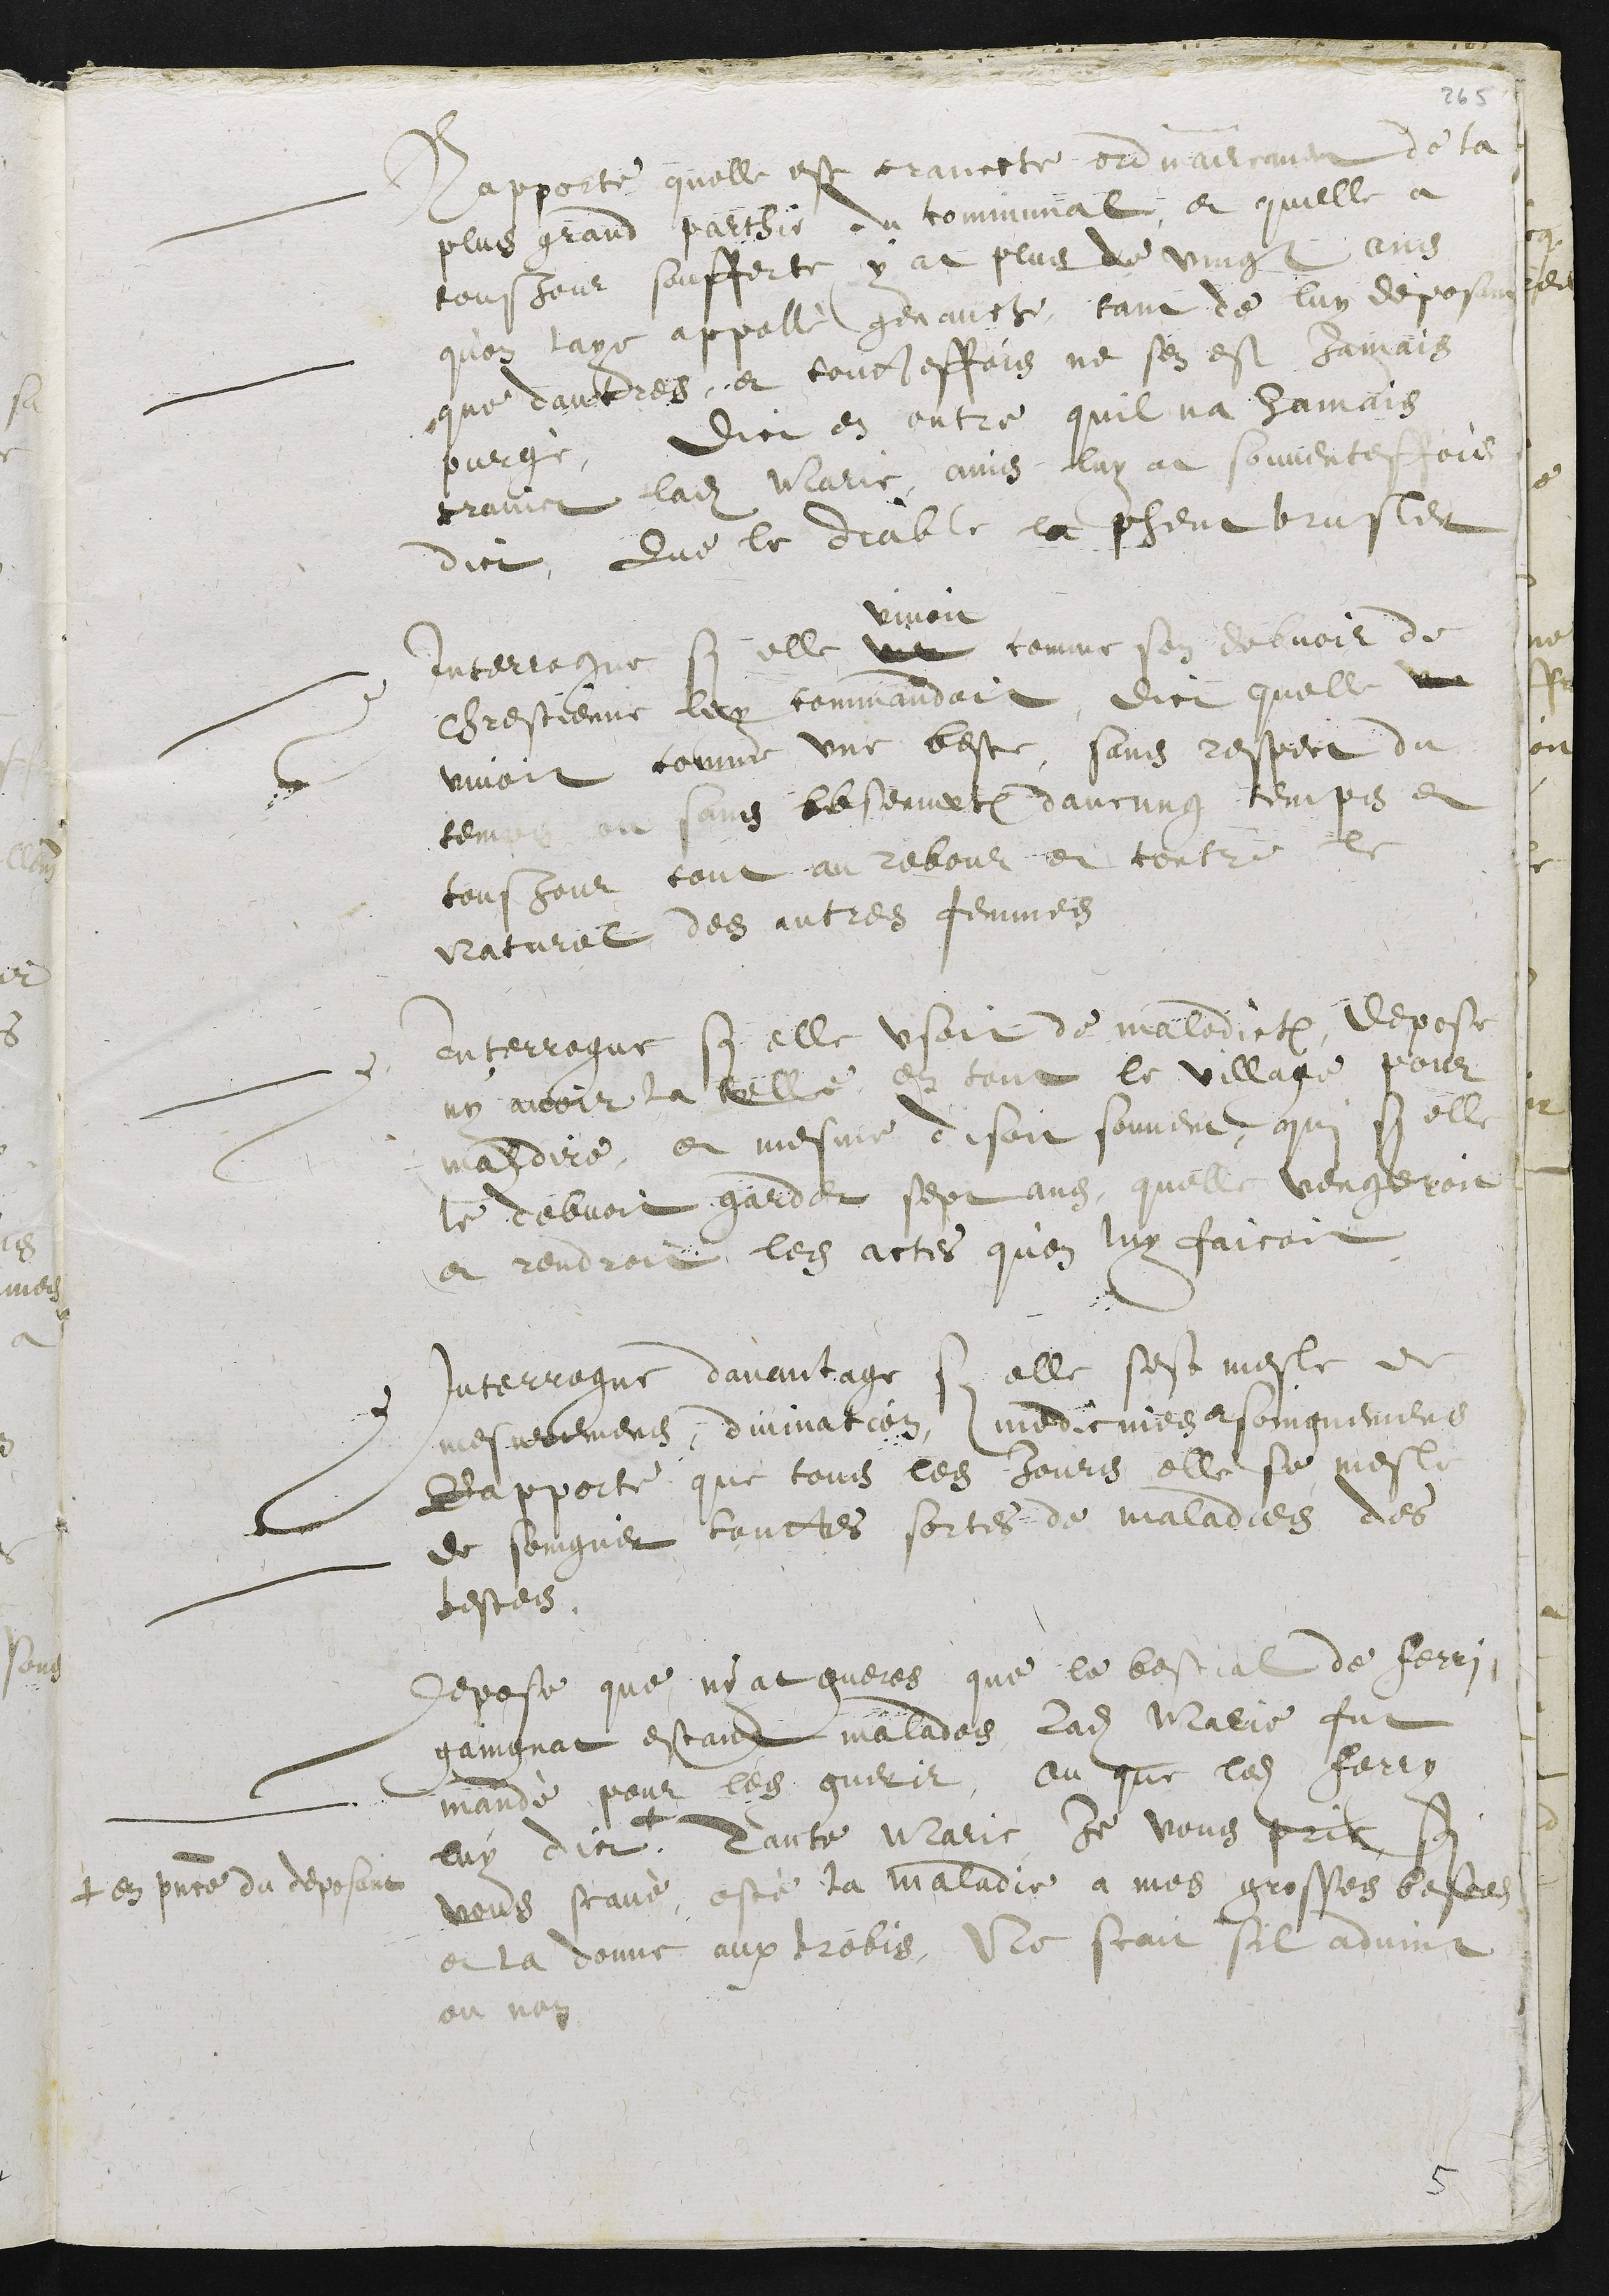
Rapporte quelle est craincte ordinairement de la
plus grand parthie du communal, et quelle a
tousjour soufferte y at plus de vingt ans
qu’on laye appellé genauche, tant de luy deposant
que dautres, et touttesfois ne sen est Jamais
purgé, Dict en outre quil na Jamais
craint ladite Marie, ains luy at souventesfois
dict, que le diable la pheut brusler
Interrogue si elle
vivoit
ver comme son debvoir de
chrestienne luy commandoit, dict quelle viv
vivoit comme une beste, sans respect du
temps ou sans observation daucung temps et
tousjour tout au rebour et contre le
Naturel des autres femmes
Interrogue si elle usoit de malediction, depose
ny avoir la telle en tout le village pour
maldire, et mesme disoit souvent qui si elle
le debvoit garder sept ans, quelle vengeroit
et rendroit les actes qu’on luy faicoit
Interrogue davantage si elle sest mesle de
mesuremens, divination, medicines et soingnemens
Rapporte que tous les Jours elle se mesle
de soingner touttes sortes de maladies des
bestes.
Depose que ny at gueres que le bestial de Ferri
gaingnat estant malades ladite Marie fut
mandé pour les guerir, ou que ledit Ferry
luy dict +
+ en presence du deposant
Tante Marie Je vous prie, si
vous scavé osté la maladie a mes grosses bestes
et la donne aux brebis, Ne scait sil advint
ou non.